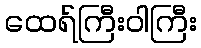
ထေရ်ကြီးဝါကြီး